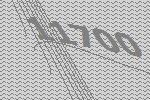
11700